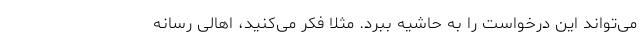
می‌تواند این درخواست را به حاشیه ببرد. مثلا فکر می‌کنید، اهالی رسانه